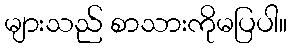
များသည် စာသားကိုမပြပါ။